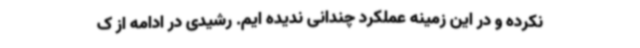
نکرده و در این زمینه عملکرد چندانی ندیده ایم. رشیدی در ادامه از ک